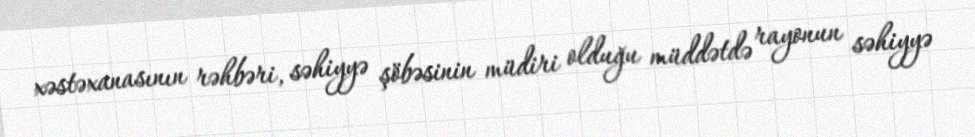
xəstəxanasının rəhbəri, səhiyyə şöbəsinin müdiri olduğu müddətdə rayonun səhiyyə